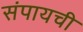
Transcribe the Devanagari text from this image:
संपायची